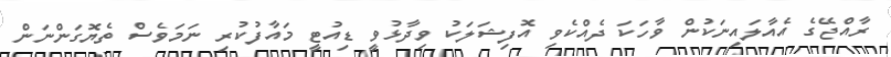
ރާއްޖޭގެ އެއާލައިނަކުން ވާހަކަ ދެއްކެވި އޮފިޝަލަކު ވިދާޅުވީ ޑިއުޓީ މައާފުކުރި ނަމަވެސް ތެޔޮގަންނަން